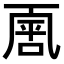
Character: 𠁈